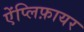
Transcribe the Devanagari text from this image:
ऐंप्लिफ़ायर